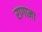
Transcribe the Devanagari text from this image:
रागामा